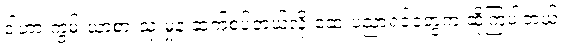
ဒါဟာ ကွမ်းယာစားသုံးမှုနဲ့ ဆက်စပ်တယ်လို့ ဆေးပညာရှင်တွေက ဆိုကြပါတယ်။